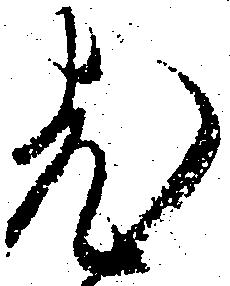
老